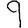
Digit: 9